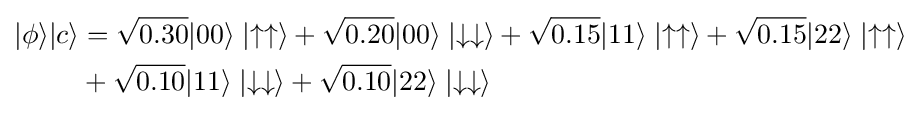
{\begin{aligned}|\phi \rangle |c\rangle &={\sqrt {0.30}}|00\rangle \mid \uparrow \uparrow \rangle +{\sqrt {0.20}}|00\rangle \mid \downarrow \downarrow \rangle +{\sqrt {0.15}}|11\rangle \mid \uparrow \uparrow \rangle +{\sqrt {0.15}}|22\rangle \mid \uparrow \uparrow \rangle \\&+{\sqrt {0.10}}|11\rangle \mid \downarrow \downarrow \rangle +{\sqrt {0.10}}|22\rangle \mid \downarrow \downarrow \rangle \end{aligned}}